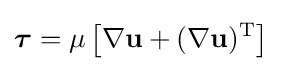
{\boldsymbol {\tau }}=\mu \left[\nabla \mathbf {u} +(\nabla \mathbf {u} )^{\mathrm {T} }\right]